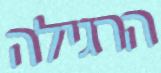
הרגילה